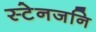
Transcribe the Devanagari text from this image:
स्टेनजनि